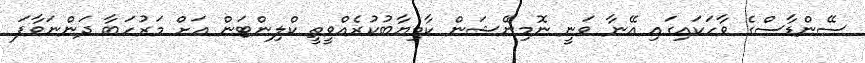
ސޭންޑާސްގެ ވާހަކައިގައި އޭނާ ވަނީ ނޮމިނޭޝަން ކާމިޔާބުކުރެއްވީތީ ކްލިންޓަން އަށް މަރުހަބާ ދަންނަވާފަ